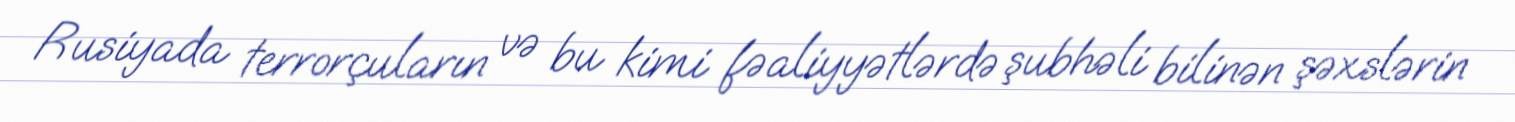
Rusiyada terrorçuların və bu kimi fəaliyyətlərdə şubhəli bilinən şəxslərin